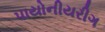
પાયોનીયરીગ